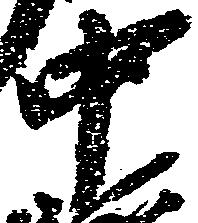
中